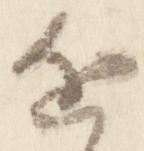
近